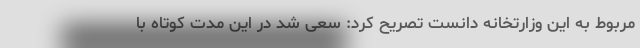
مربوط به این وزارتخانه دانست تصریح کرد: سعی شد در این مدت کوتاه با